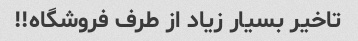
تاخیر بسیار زیاد از طرف فروشگاه!!